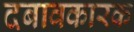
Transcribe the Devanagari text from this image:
दबावकारक